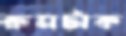
রুমটাক